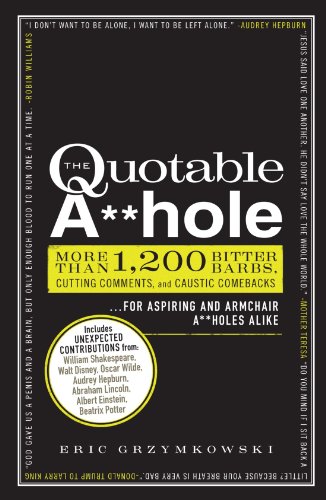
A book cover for The Quotable A**hole: More than 1,200 Bitter Barbs, Cutting Comments, and Caustic Comebacks for Aspiring and Armchair A**holes Alike; Eric Grzymkowski; Reference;